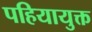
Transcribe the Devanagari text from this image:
पहियायुक्त